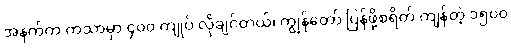
အနက်က ကသာမှာ ၄၀၀ ကျုပ် လိုချင်တယ်၊ ကျွန်တော် ပြန်ဖို့စရိတ် ကျန်တဲ့ ၁၅၀၀